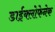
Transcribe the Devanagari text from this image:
डाईक्लोफेनेक